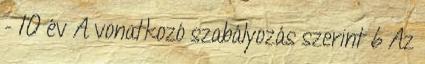
- 10 év A vonatkozó szabályozás szerint 6 Az